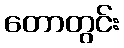
တောတွင်း